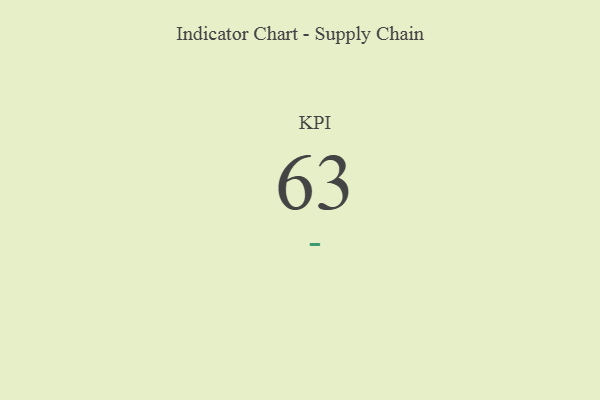
{"axis": {"x": "KPI", "y": "Value"}, "legend": [""], "data": [{"x": "KPI", "y": 63, "type": ""}]}